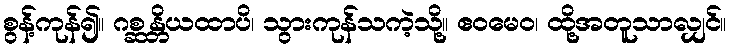
စွန့်ကုန်၍။ ဂစ္ဆန္တိယထာပိ၊ သွားကုန်သကဲ့သို့။ ဧဝမေဝ၊ ထို့အတူသာလျှင်။